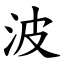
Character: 波